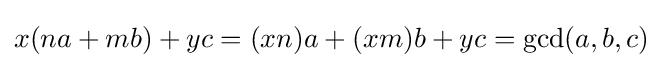
x(na+mb)+yc=(xn)a+(xm)b+yc=\gcd(a,b,c)